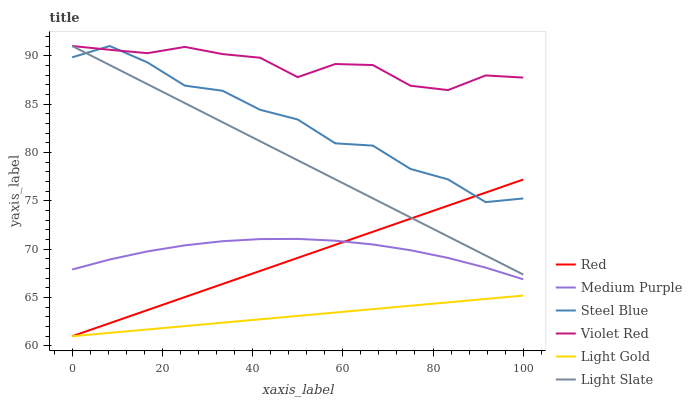
| xaxis_label | Red | Medium Purple | Steel Blue | Violet Red | Light Gold | Light Slate |
 | --- | --- | --- | --- | --- | --- | --- |
 | 0 | 61 | 67.9 | 89.8 | 91 | 61 | 91 |
 | 8.33 | 62.3 | 68.9 | 91 | 90.6 | 61.4 | 89 |
 | 16.7 | 63.7 | 69.8 | 89.3 | 90.3 | 61.7 | 87.1 |
 | 25 | 65 | 70.4 | 86.9 | 90.9 | 62.1 | 85.1 |
 | 33.3 | 66.4 | 70.8 | 86.4 | 90.2 | 62.4 | 83.1 |
 | 41.7 | 67.7 | 71 | 84.4 | 89.8 | 62.8 | 81.2 |
 | 50 | 69.1 | 71.1 | 83.4 | 87.8 | 63.1 | 79.2 |
 | 58.3 | 70.4 | 70.9 | 80.9 | 89.1 | 63.5 | 77.2 |
 | 66.7 | 71.8 | 70.5 | 80.7 | 89 | 63.8 | 75.3 |
 | 75 | 73.1 | 69.9 | 78.3 | 86.9 | 64.2 | 73.3 |
 | 83.3 | 74.5 | 69.1 | 77.2 | 86.4 | 64.5 | 71.3 |
 | 91.7 | 75.8 | 68.1 | 74.9 | 88 | 64.9 | 69.3 |
 | 100 | 77.2 | 66.9 | 75.2 | 87.7 | 65.2 | 67.4 |